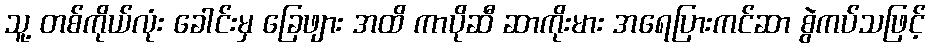
သူ့ တစ်ကိုယ်လုံး ခေါင်းမှ ခြေဖျား အထိ ကာပိုဆီ ဆာကိုးမား အရေပြားကင်ဆာ စွဲကပ်သဖြင့်